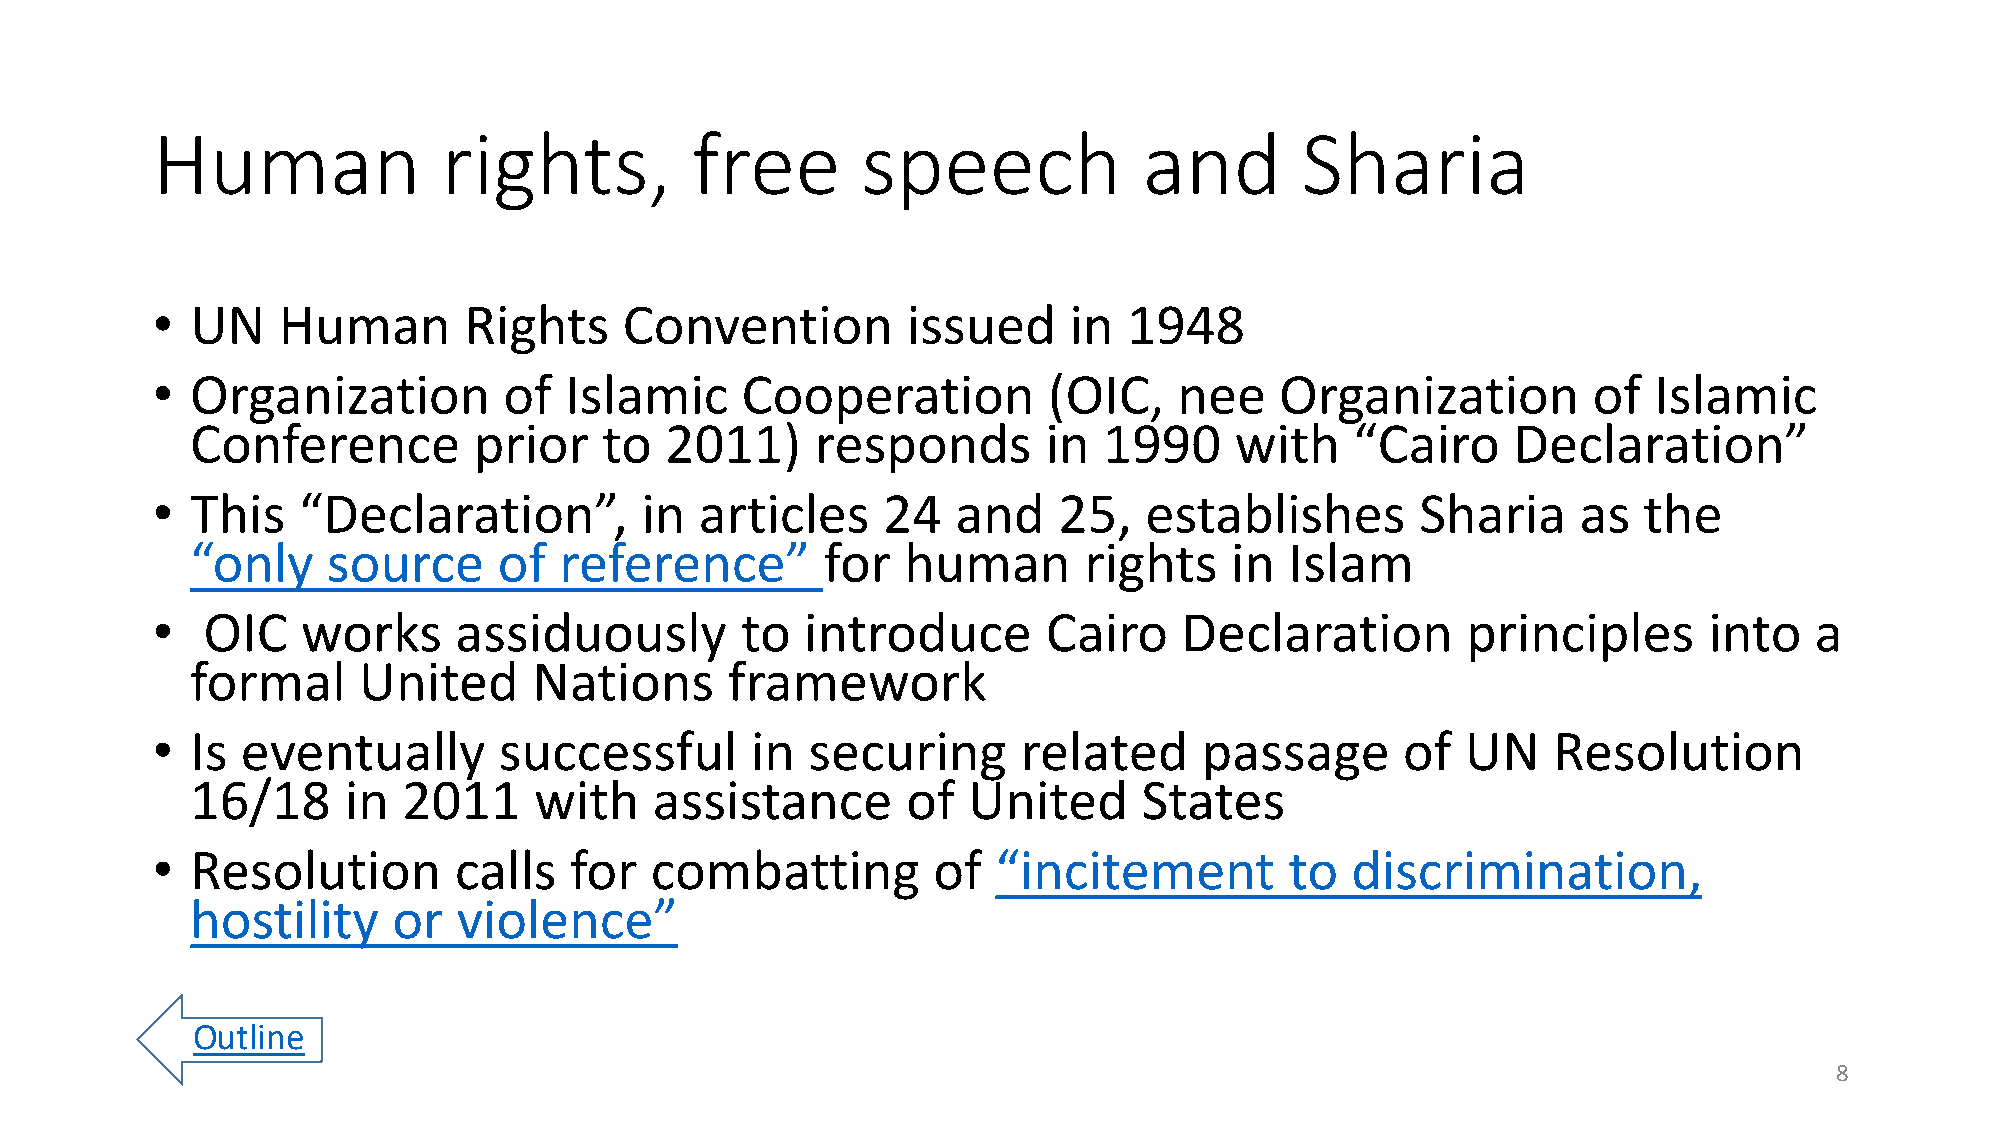
Human              rights,          free       speech             and       Sharia
 •  UN   Human        Rights    Convention         issued     in  1948
 •  Organization        of  Islamic     Cooperation         (OIC,    nee    Organization        of  Islamic
 Conference        prior    to  2011)     responds       in  1990     with    “Cairo    Declaration”
 •  This   “Declaration”,        in  articles    24   and    25,   establishes       Sharia     as  the
 “only    source     of  reference”       for   human       rights   in  Islam
 •  OIC    works     assiduously        to  introduce       Cairo    Declaration        principles      into   a
 formal     United     Nations      framework
 •  Is eventually       successful       in securing       related     passage      of  UN    Resolution
 16/18     in  2011    with    assistance       of  United      States
 •  Resolution       calls   for  combatting         of  “incitement        to  discrimination,
 hostility    or  violence”
 Outline
 8